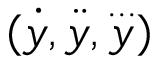
( { \dot { y } } , { \ddot { y } } , { \overset { . . . } { y } } )